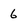
Character: 6